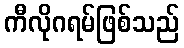
ကီလိုဂရမ်ဖြစ်သည်